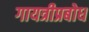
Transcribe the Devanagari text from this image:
गायत्रीप्रबोध